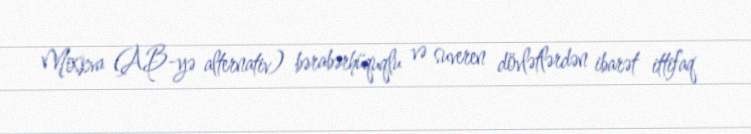
Moskva (AB-yə alternativ) bərabərhüquqlu və suveren dövlətlərdən ibarət ittifaq